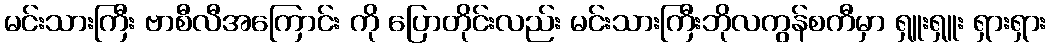
မင်းသားကြီး ဗာစီလီအကြောင်း ကို ပြောတိုင်းလည်း မင်းသားကြီးဘိုလကွန်စကီမှာ ရှူးရှူး ရှားရှား